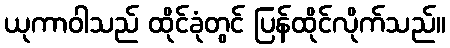
ယုကာဝါသည် ထိုင်ခုံတွင် ပြန်ထိုင်လိုက်သည်။